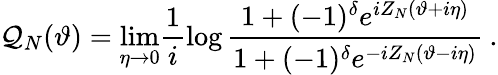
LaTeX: {\cal Q}_{N}(\vartheta)=\mathop{\operatorname*{lim}}_{\eta\rightarrow 0}\frac{1}{i}\log\frac{1+(-1)^{\delta}e^{iZ_{N}(\vartheta+i\eta)}}{1+(-1)^{\delta}e^{-iZ_{N}(\vartheta-i\eta)}}\: .